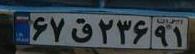
۶۷ق۲۳۶۹۱